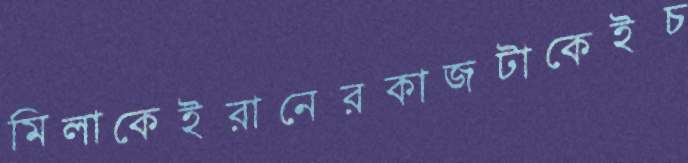
মিলাকেইরানেরকাজটাকেইচ